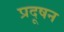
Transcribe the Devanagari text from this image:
प्रदूषन